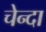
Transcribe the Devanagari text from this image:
चेन्दा